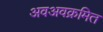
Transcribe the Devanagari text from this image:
अवअवक्रमित